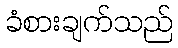
ခံစားချက်သည်